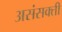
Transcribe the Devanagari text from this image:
असंसक्ती